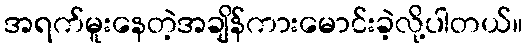
အရက်မူးနေတဲ့အချိန်ကားမောင်းခဲ့လို့ပါတယ်။